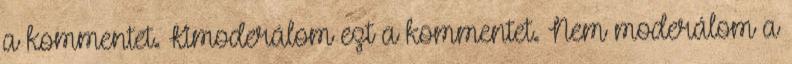
a kommentet. Kimoderálom ezt a kommentet. Nem moderálom a